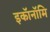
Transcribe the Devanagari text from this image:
इकॉनॉमि